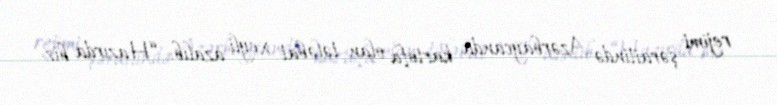
rejimi şəraitində Azərbaycanda kartofa olan tələbat xeyli azalıb: “Hazırda biz